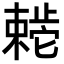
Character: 𬆊